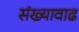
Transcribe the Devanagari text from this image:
संख्यावाढ